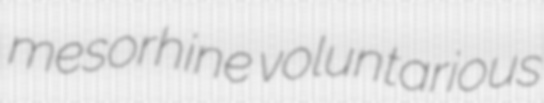
mesorhine voluntarious